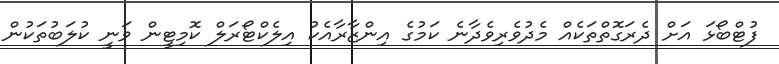
ފުޓްބޯޅަ އަށް ދެރަގޮތްތަކެއް މެދުވެރިވެދާނެ ކަމުގެ އިންޒާރާއެކު އިލެކްޓޯރަލް ކޮމިޓީން ވަނީ ކުލަބުތަކުން